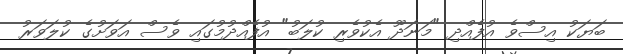
ބަޔަކު އިސްވެ އުފެއްދި "މަނަދޫ އެކުވެރި ކުލަބު" އުފެއްދުމުގައި ވެސް އަވަށުގެ ކުލަވަރު